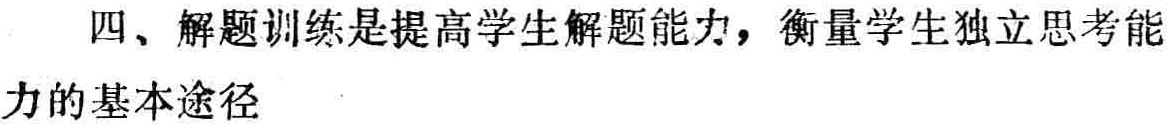
四、解题训练是提高学生解题能力，衡量学生独立思考能力的基本途径